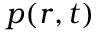
p ( r , t )